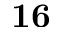
\mathbf { 1 6 }